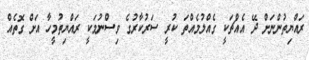
ރައްޔިތުންނަށް ދޭ އެއްޗަކީ ގެއްލުމެއްތަ ކުރީ ސަރުކާރުގެ ވިސްނުމަކީ ރައްޔިތުމީހާ އަށް ގޮތެއް